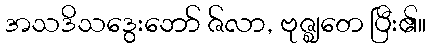
အသဒိသဒွေးဘော် ဇ်လာ, ဗုဇ္ဈတေ ပြီး၏။